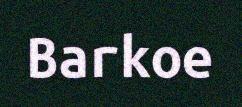
Barkoe